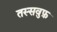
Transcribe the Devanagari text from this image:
तस्सवुफ़